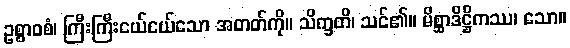
ဥစ္စာဝစံ၊ ကြီးကြီးငယ်ငယ်သော အတတ်ကို။ သိက္ခတိ၊ သင်၏။ မိစ္ဆာဒိဋ္ဌိကဿ၊ သော။